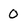
Character: O